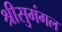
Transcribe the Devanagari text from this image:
श्रीसुमंगल